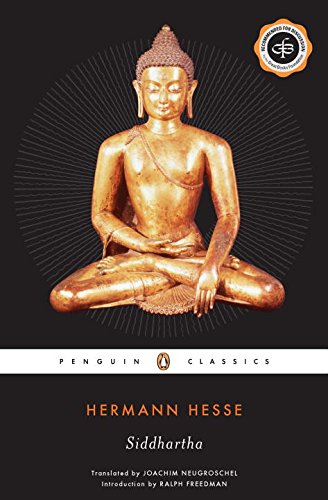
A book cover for Siddhartha: An Indian Tale (Penguin Twentieth-Century Classics); Hermann Hesse; Religion & Spirituality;